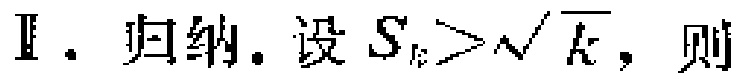
Ⅱ. 归纳. 设 \(S_{k}>\sqrt{k}\), 则